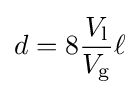
d=8{\frac {V_{\text{l}}}{V_{\text{g}}}}\ell